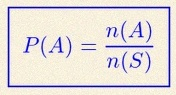
P(A)=\frac{n(A)}{n(S)}